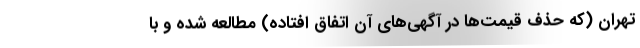
تهران (که حذف قیمت‌ها در آگهی‌های آن اتفاق افتاده) مطالعه شده و با